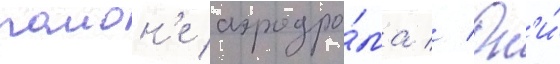
раион'е аэродро́ма // Он'и́